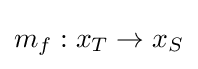
m_{f}:x_{T}\to x_{S}